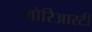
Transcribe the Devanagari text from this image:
मोरिआरटी